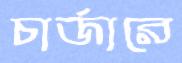
চার্জারে